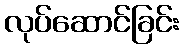
လုပ်ဆောင်ခြင်း